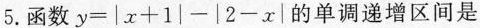
5.函数$$ y = | x + 1 | - | 2 - x | $$的单调递增区间是，